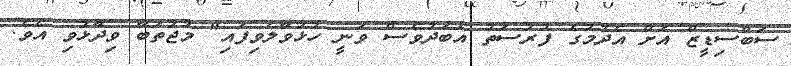
ސަބްސިޑީޒް އަށް އެދުމުގެ ފުރުސަތު އަބަދުވެސް ވަނީ ހުޅުވާލެވިފައި" މުޖުތަބާ ވިދާޅުވި އެވެ.